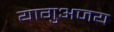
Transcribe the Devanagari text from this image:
यागुअजय